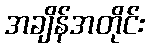
အချိန်အတိုင်း